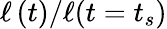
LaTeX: \ell\left(t\right)/\ell(t=t_{s})